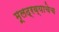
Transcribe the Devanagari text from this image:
मूलद्रव्याचेच